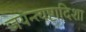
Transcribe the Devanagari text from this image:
जयन्त्यष्टादिशा